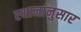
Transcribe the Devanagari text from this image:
स्थानांनुसार